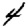
Digit: 4